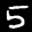
Label: 5